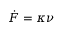
\dot { F } = \kappa \nu